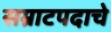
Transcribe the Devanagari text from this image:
सम्राटपदाचे